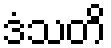
ဒံသတိ